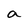
Character: a